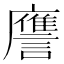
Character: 譍